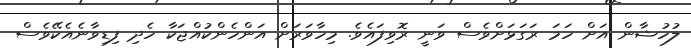
ލުހުޝާން އަށް ހަމަ ރަގަޅަށްވެސް ވަނީ ރޮވިފައެވެ. މިހާވަރަށް އަންހެންކުއްޖަކާ ހެދި ފިޑިވާނެއެކޭވެސް